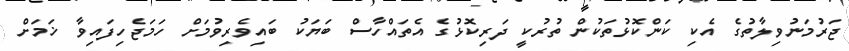
ޖަރުމަނުވިލާތުގެ އެކި ކަންކޮޅުތަކުން ތުރުކީ ދަރިކޮޅުގެ އެތައްހާސް ބަޔަކު ބައިވެރިވުމަށް ހަމަޖެހިފައިވާ ޚަމަށް